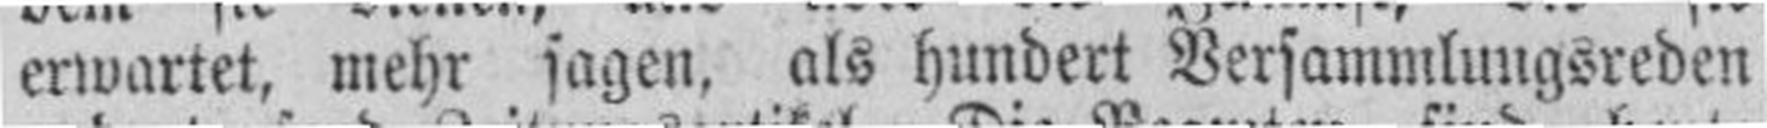
erwartet, mehr sagen, als hundert Versammlungsreden